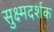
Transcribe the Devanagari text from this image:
सुक्ष्मदर्शक